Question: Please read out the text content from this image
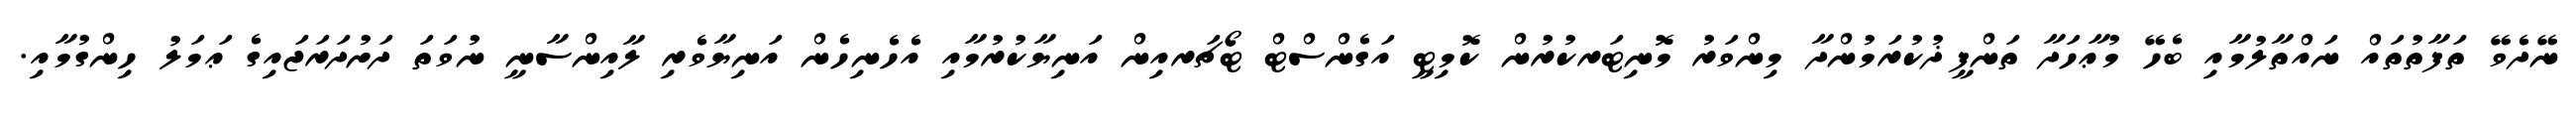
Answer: ނޭދެވޭ ތަފާތުތައް ނައްތާލުމާއި ބެހޭ މުޢާހަދާ ތަންފީޛުކުރަމުންދާ މިންވަރު މޮނިޓަރކުރުން ކޮމިޓީ އަގެންސްޓް ޓޯޗަރއިން އަނިޔާކުރުމާއި އެހެނިހެން އަނިޔާވެރި ލާއިންސާނީ ނުވަތަ ދަށުދަރަޖައިގެ ޢަމަލު ހިންގުމާއި.